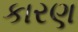
કારણ